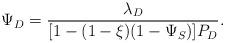
LaTeX: \begin{align*}\Psi_D = \frac{\lambda_D}{[1-(1-\xi)(1-\Psi_S)]P_D}.\end{align*}